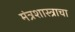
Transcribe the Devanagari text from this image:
मंत्रशास्त्राचा